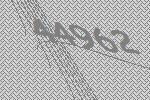
44962